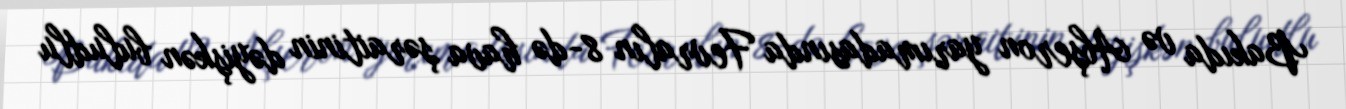
Bakıda və Abşeron yarımadasında Fevralın 8-də hava şəraitinin dəyişkən buludlu